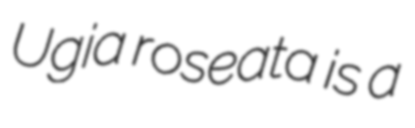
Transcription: Ugia roseata is a